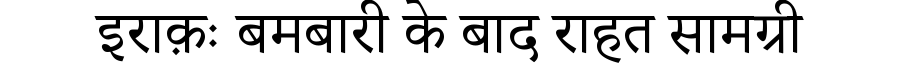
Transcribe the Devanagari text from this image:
इराक़ः बमबारी के बाद राहत सामग्री